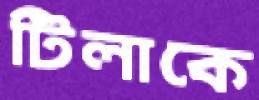
টিলাকে